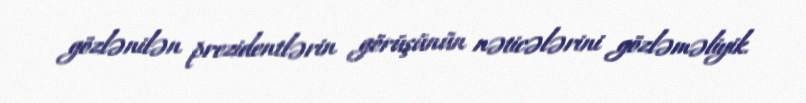
gözlənilən prezidentlərin görüşünün nəticələrini gözləməliyik.